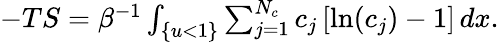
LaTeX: \begin{array}{r}{-TS=\beta^{-1}\int_{\{ u<1\} }\sum_{j=1}^{N_{c}}c_{j}\left[\ln(c_{j})-1\right]\, dx.}\end{array}